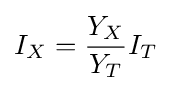
I_{X}={\frac {Y_{X}}{Y_{T}}}I_{T}